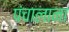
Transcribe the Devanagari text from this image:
पंचालाना